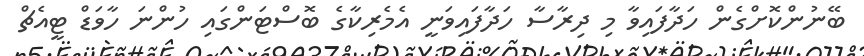
ބޭނުންކޮށްގެން ހަދާފައިވާ މި ދިރާސާ ހަދާފައިވަނީ އެމެރިކާގެ ބޮސްޓަންގައި ހުންނަ ހާވަޑް ޓީއެޗް